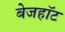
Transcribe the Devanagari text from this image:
बेजहॉट